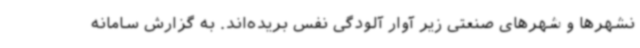
نشهرها و شهرهای صنعتی زیر آوار آلودگی نفس بریده‌اند. به گزارش سامانه